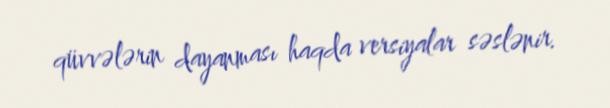
qüvvələrin dayanması haqda versiyalar səslənir.